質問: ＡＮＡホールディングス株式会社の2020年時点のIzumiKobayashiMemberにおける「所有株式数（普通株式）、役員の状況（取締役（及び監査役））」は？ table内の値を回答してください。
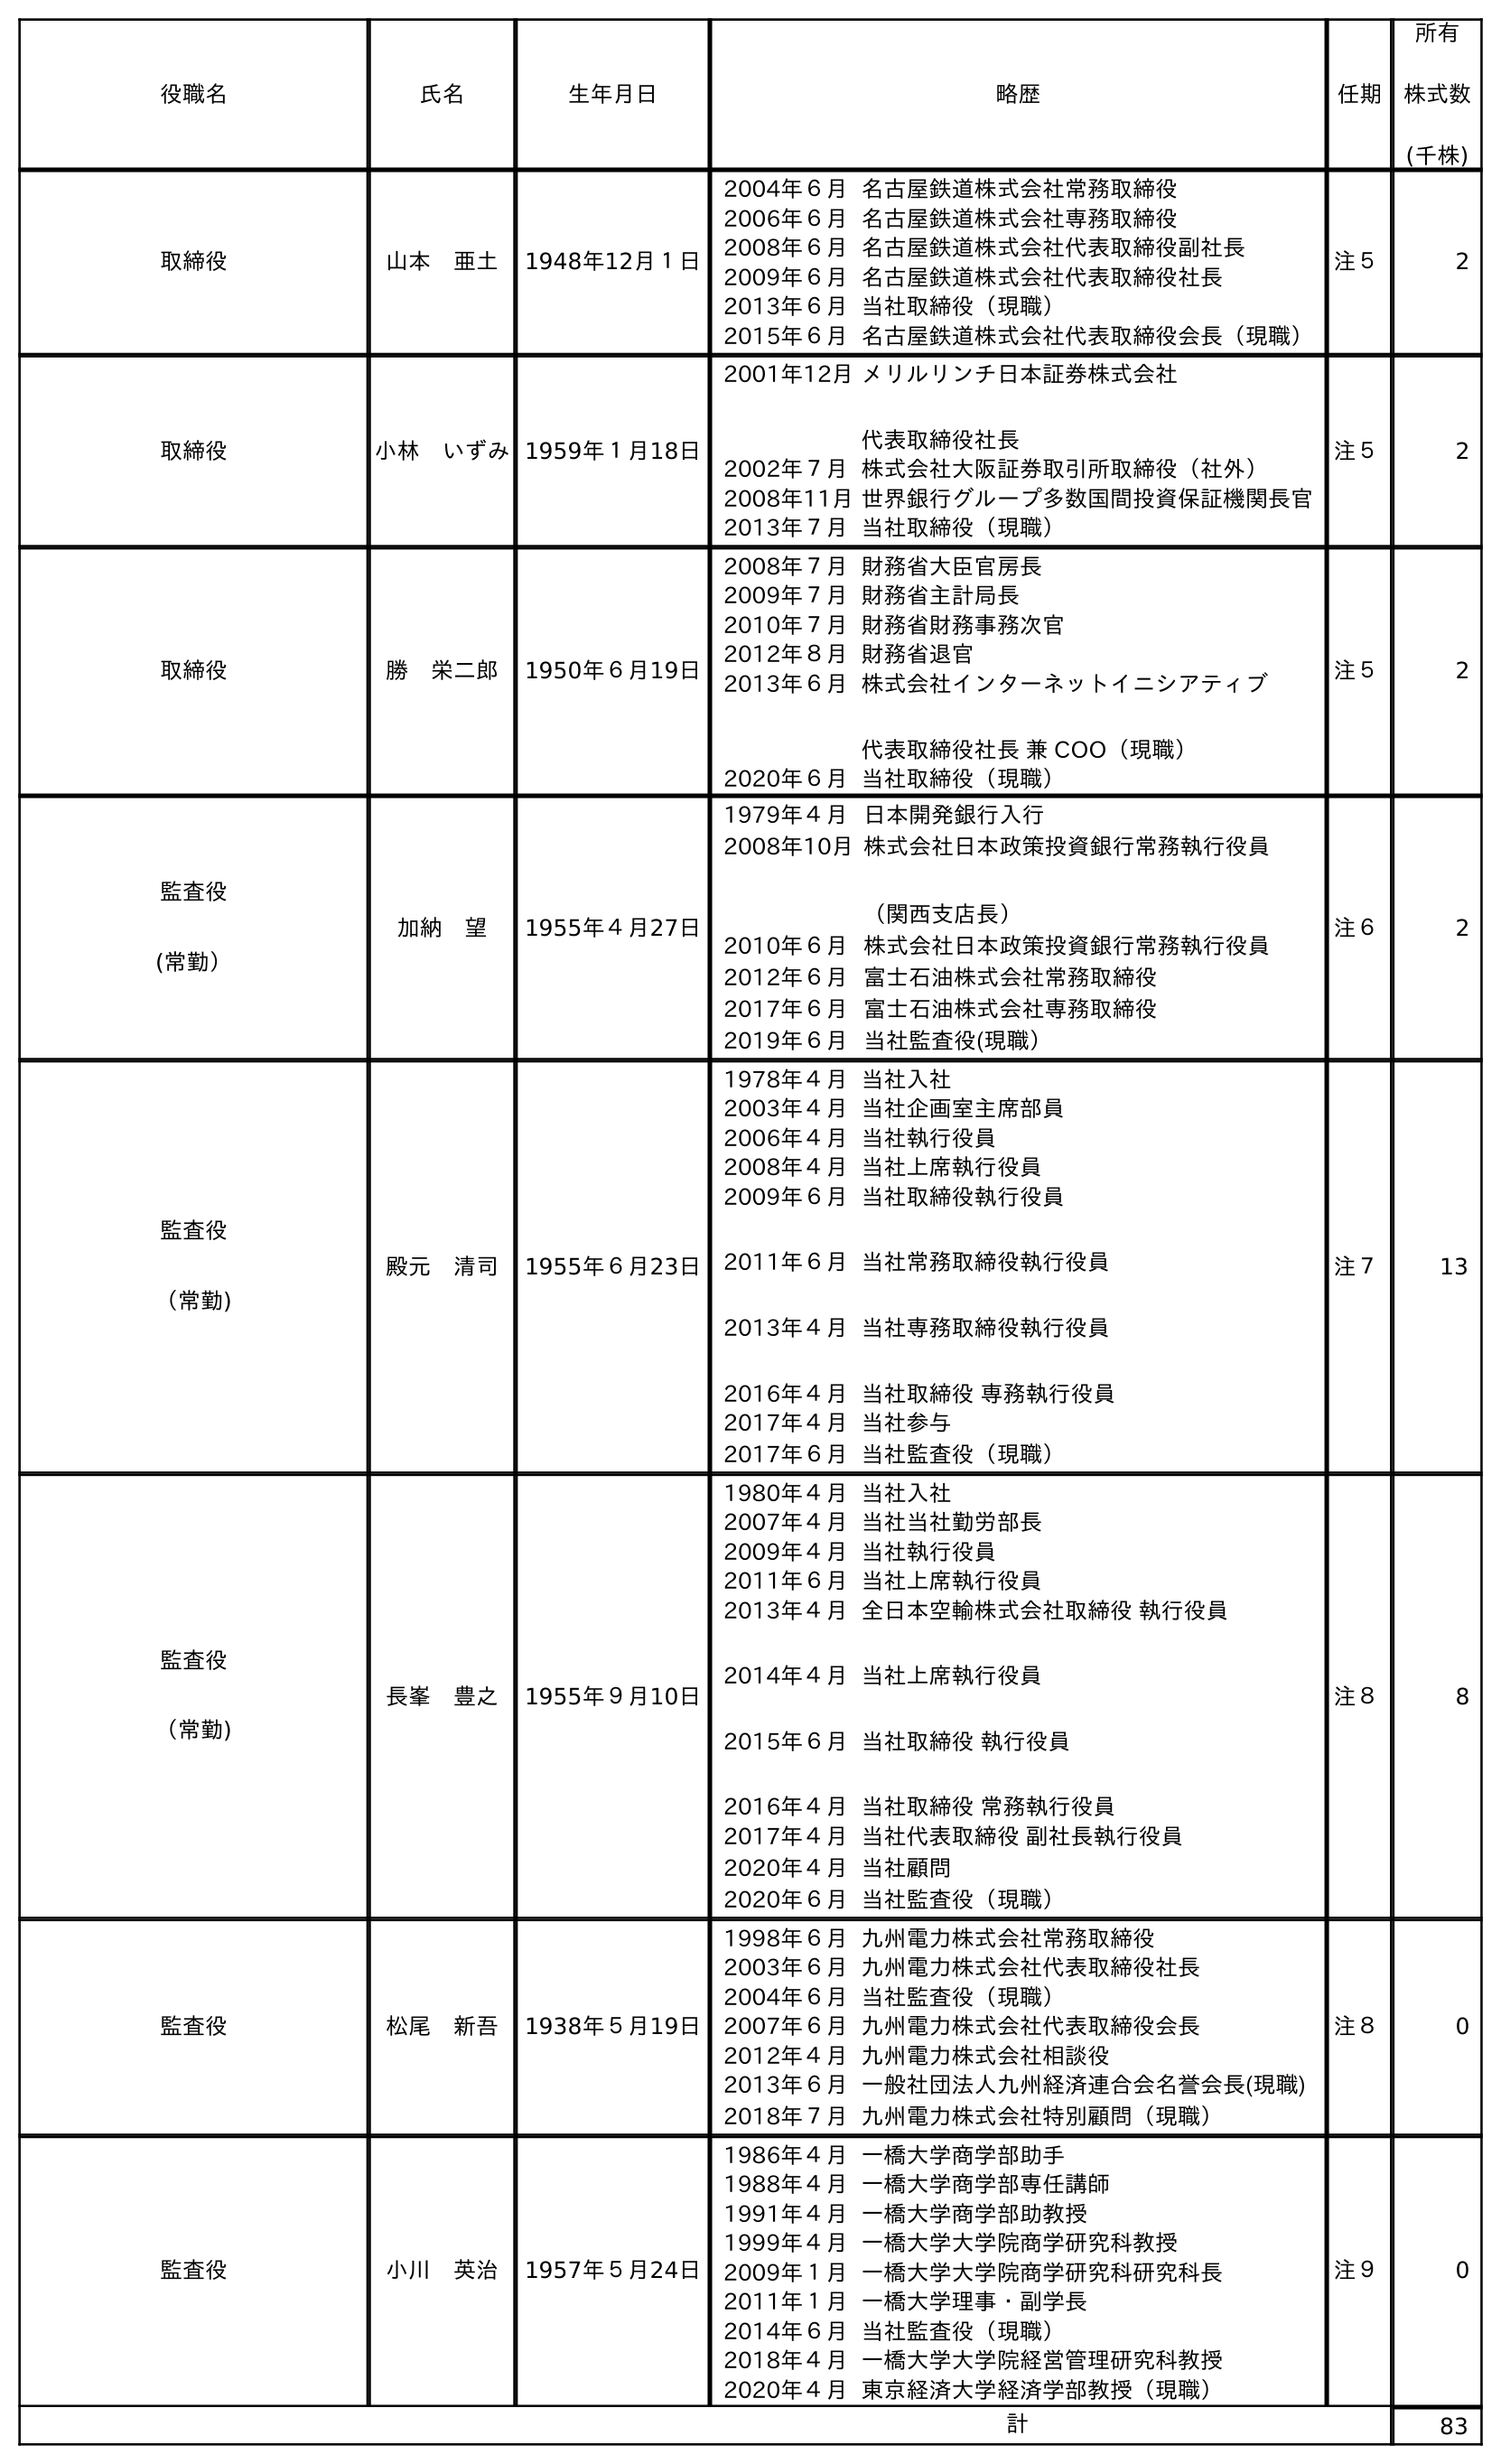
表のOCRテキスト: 役職名 氏名 生年月日 略歴 任期 所有 株式数 (千株) 取締役 山本 亜土 1948年12月１日 2004年６月名古屋鉄道株式会社常務取締役 2006年６月名古屋鉄道株式会社専務取締役 2008年６月名古屋鉄道株式会社代表取締役副社長 2009年６月名古屋鉄道株式会社代表取締役社長 2013年６月当社取締役（現職） 2015年６月名古屋鉄道株式会社代表取締役会長（現職） 注５ 2 取締役 小林 いずみ1959年１月18日 2001年12月メリルリンチ日本証券株式会社 代表取締役社長 2002年７月株式会社大阪証券取引所取締役（社外） 2008年11月世界銀行グループ多数国間投資保証機関長官 2013年７月当社取締役（現職） 注５ 2 取締役 勝 栄二郎 1950年６月19日 2008年７月財務省大臣官房長 2009年７月財務省主計局長 2010年７月財務省財務事務次官 2012年８月財務省退官 2013年６月株式会社インターネットイニシアティブ 代表取締役社長 兼 COO（現職） 2020年６月当社取締役（現職） 注５ 2 監査役 (常勤） 加納 望 1955年４月27日 1979年４月日本開発銀行入行 2008年10月株式会社日本政策投資銀行常務執行役員 （関西支店長） 2010年６月株式会社日本政策投資銀行常務執行役員 2012年６月富士石油株式会社常務取締役 2017年６月富士石油株式会社専務取締役 2019年６月当社監査役(現職） 注６ 2 監査役 （常勤) 殿元 清司 1955年６月23日 1978年４月当社入社 2003年４月当社企画室主席部員 2006年４月当社執行役員 2008年４月当社上席執行役員 2009年６月 2011年６月 2013年４月 2016年４月 当社取締役執行役員 当社常務取締役執行役員 当社専務取締役執行役員 当社取締役 専務執行役員 2017年４月当社参与 2017年６月当社監査役（現職） 注７ 13 監査役 （常勤) 長峯 豊之 1955年９月10日 1980年４月当社入社 2007年４月当社当社勤労部長 2009年４月当社執行役員 2011年６月当社上席執行役員 2013年４月 2014年４月 2015年６月 2016年４月 全日本空輸株式会社取締役 執行役員 当社上席執行役員 当社取締役 執行役員 当社取締役 常務執行役員 2017年４月当社代表取締役 副社長執行役員 2020年４月当社顧問 2020年６月当社監査役（現職） 注８ 8 監査役 松尾 新吾 1938年５月19日 1998年６月九州電力株式会社常務取締役 2003年６月九州電力株式会社代表取締役社長 2004年６月当社監査役（現職） 2007年６月九州電力株式会社代表取締役会長 2012年４月九州電力株式会社相談役 2013年６月一般社団法人九州経済連合会名誉会長(現職) 2018年７月九州電力株式会社特別顧問（現職） 注８ 0 監査役 小川 英治 1957年５月24日 1986年４月一橋大学商学部助手 1988年４月一橋大学商学部専任講師 1991年４月一橋大学商学部助教授 1999年４月一橋大学大学院商学研究科教授 2009年１月一橋大学大学院商学研究科研究科長 2011年１月一橋大学理事・副学長 2014年６月当社監査役（現職） 2018年４月一橋大学大学院経営管理研究科教授 2020年４月東京経済大学経済学部教授（現職） 注９ 0 計 83
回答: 2